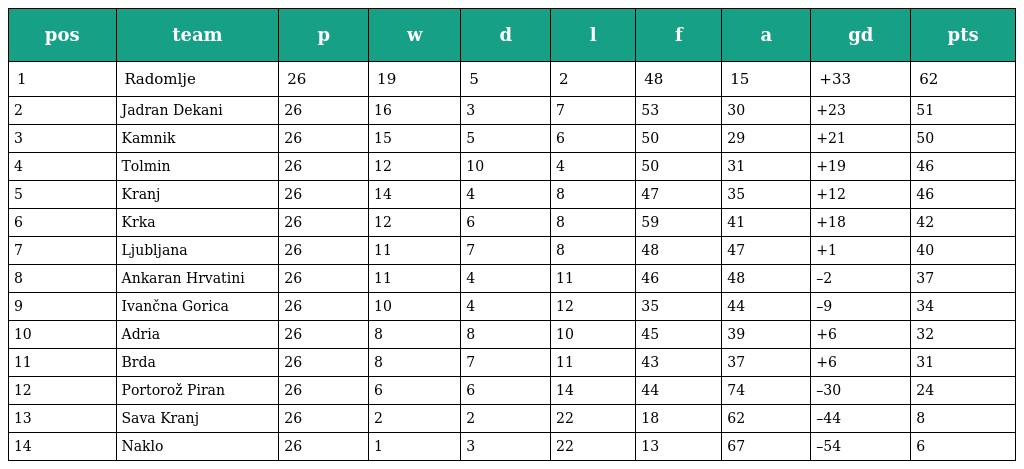
| pos | team | p | w | d | l | f | a | gd | pts |
 | --- | --- | --- | --- | --- | --- | --- | --- | --- | --- |
 | 1 | Radomlje | 26 | 19 | 5 | 2 | 48 | 15 | +33 | 62 |
 | 2 | Jadran Dekani | 26 | 16 | 3 | 7 | 53 | 30 | +23 | 51 |
 | 3 | Kamnik | 26 | 15 | 5 | 6 | 50 | 29 | +21 | 50 |
 | 4 | Tolmin | 26 | 12 | 10 | 4 | 50 | 31 | +19 | 46 |
 | 5 | Kranj | 26 | 14 | 4 | 8 | 47 | 35 | +12 | 46 |
 | 6 | Krka | 26 | 12 | 6 | 8 | 59 | 41 | +18 | 42 |
 | 7 | Ljubljana | 26 | 11 | 7 | 8 | 48 | 47 | +1 | 40 |
 | 8 | Ankaran Hrvatini | 26 | 11 | 4 | 11 | 46 | 48 | –2 | 37 |
 | 9 | Ivančna Gorica | 26 | 10 | 4 | 12 | 35 | 44 | –9 | 34 |
 | 10 | Adria | 26 | 8 | 8 | 10 | 45 | 39 | +6 | 32 |
 | 11 | Brda | 26 | 8 | 7 | 11 | 43 | 37 | +6 | 31 |
 | 12 | Portorož Piran | 26 | 6 | 6 | 14 | 44 | 74 | –30 | 24 |
 | 13 | Sava Kranj | 26 | 2 | 2 | 22 | 18 | 62 | –44 | 8 |
 | 14 | Naklo | 26 | 1 | 3 | 22 | 13 | 67 | –54 | 6 |